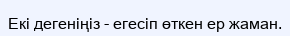
Екі дегеніңіз - егесіп өткен ер жаман.